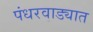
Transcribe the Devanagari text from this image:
पंधरवाड्यात